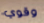
وقوي